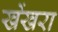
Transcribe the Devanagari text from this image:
खेंखरा